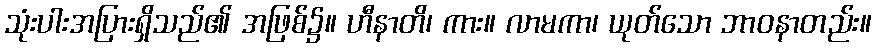
သုံးပါးအပြားရှိသည်၏ အဖြစ်၌။ ဟီနာတိ၊ ကား။ လာမကာ၊ ယုတ်သော ဘာဝနာတည်း။